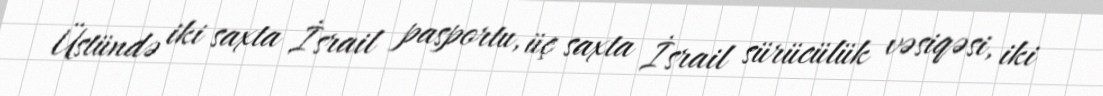
Üstündə iki saxta İsrail pasportu, üç saxta İsrail sürücülük vəsiqəsi, iki